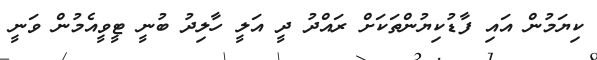
ކިޔަމުން އައި ފާޑުކިޔުންތަކަށް ރައްދު ދީ އަލީ ހާލިދު ބުނީ ޓީވީއެމުން ވަނީ